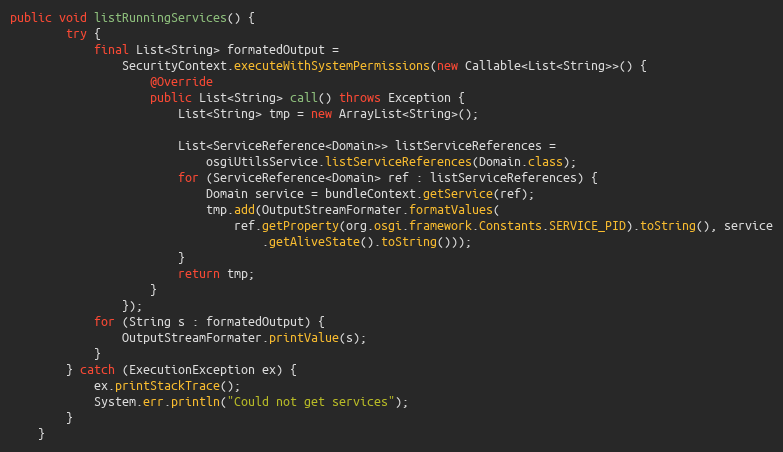
Language: Java
public void listRunningServices() {
        try {
            final List<String> formatedOutput =
                SecurityContext.executeWithSystemPermissions(new Callable<List<String>>() {
                    @Override
                    public List<String> call() throws Exception {
                        List<String> tmp = new ArrayList<String>();

                        List<ServiceReference<Domain>> listServiceReferences =
                            osgiUtilsService.listServiceReferences(Domain.class);
                        for (ServiceReference<Domain> ref : listServiceReferences) {
                            Domain service = bundleContext.getService(ref);
                            tmp.add(OutputStreamFormater.formatValues(
                                ref.getProperty(org.osgi.framework.Constants.SERVICE_PID).toString(), service
                                    .getAliveState().toString()));
                        }
                        return tmp;
                    }
                });
            for (String s : formatedOutput) {
                OutputStreamFormater.printValue(s);
            }
        } catch (ExecutionException ex) {
            ex.printStackTrace();
            System.err.println("Could not get services");
        }
    }